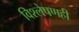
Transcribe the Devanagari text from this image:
विश्‍लेषणही